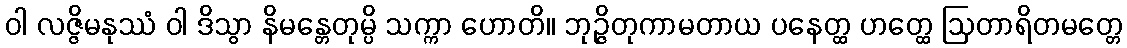
ဝါ လဇ္ဇိမနုဿံ ဝါ ဒိသွာ နိမန္တေတုမ္ပိ သက္ကာ ဟောတိ။ ဘုဉ္ဇိတုကာမတာယ ပနေတ္ထ ဟတ္ထေ ဩတာရိတမတ္တေ